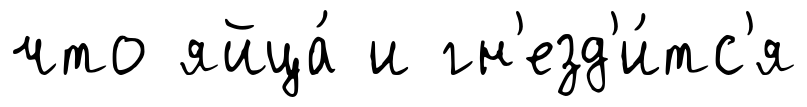
что яйца́ и гн'езд'и́тс'я